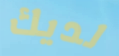
لديك